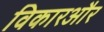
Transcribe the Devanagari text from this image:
विकारऔर